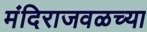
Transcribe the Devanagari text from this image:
मंदिराजवळच्या